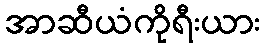
အာဆီယံကိုရီးယား